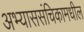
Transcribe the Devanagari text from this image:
अभ्याससंचिकामधील